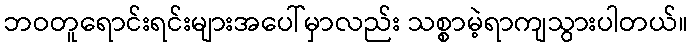
ဘဝတူရောင်းရင်းများအပေါ်မှာလည်း သစ္စာမဲ့ရာကျသွားပါတယ်။